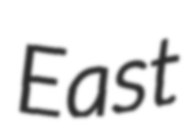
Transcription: East